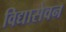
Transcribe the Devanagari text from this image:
विद्यासेवन